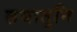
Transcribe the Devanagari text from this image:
तयातुनि